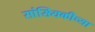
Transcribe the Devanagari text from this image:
सांख्यिकीच्या